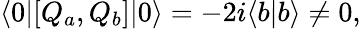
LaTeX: \langle 0|[Q_{a},Q_{b}]|0\rangle=-2i\langle b|b\rangle\neq 0,